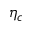
\eta _ { c }